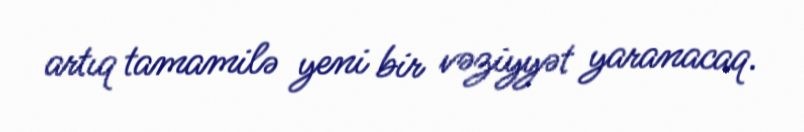
artıq tamamilə yeni bir vəziyyət yaranacaq.